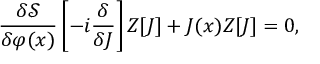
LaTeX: { \frac { \delta { \mathcal { S } } } { \delta \varphi ( x ) } } \left[ - i { \frac { \delta } { \delta J } } \right] Z [ J ] + J ( x ) Z [ J ] = 0 ,